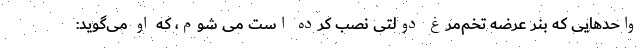
واحدهایی که بنر عرضه تخم‌مرغ دولتی نصب کرده است می شوم، که او می‌گوید: